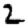
Digit: 2